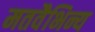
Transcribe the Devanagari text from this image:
मतवैभिन्य